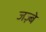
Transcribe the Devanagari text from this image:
जज़्बे